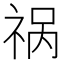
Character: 祸